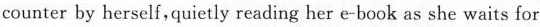
counter by herself,quietly reading her e-book as she waits for